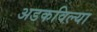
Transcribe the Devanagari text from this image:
अडकविल्या